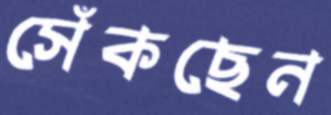
সেঁকছেন